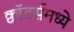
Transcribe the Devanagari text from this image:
क्वॉटर्समध्ये